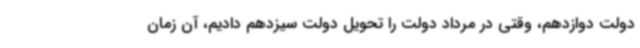
دولت دوازدهم، وقتی در مرداد دولت را تحویل دولت سیزدهم دادیم، آن زمان